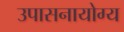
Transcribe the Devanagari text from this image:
उपासनायोग्य